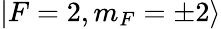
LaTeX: |F=2,m_{F}=\pm 2\rangle